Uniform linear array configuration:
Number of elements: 4
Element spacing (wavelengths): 0.5
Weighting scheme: hamming
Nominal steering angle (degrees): -60
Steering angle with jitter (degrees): -59.84
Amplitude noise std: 0.05
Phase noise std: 0.05

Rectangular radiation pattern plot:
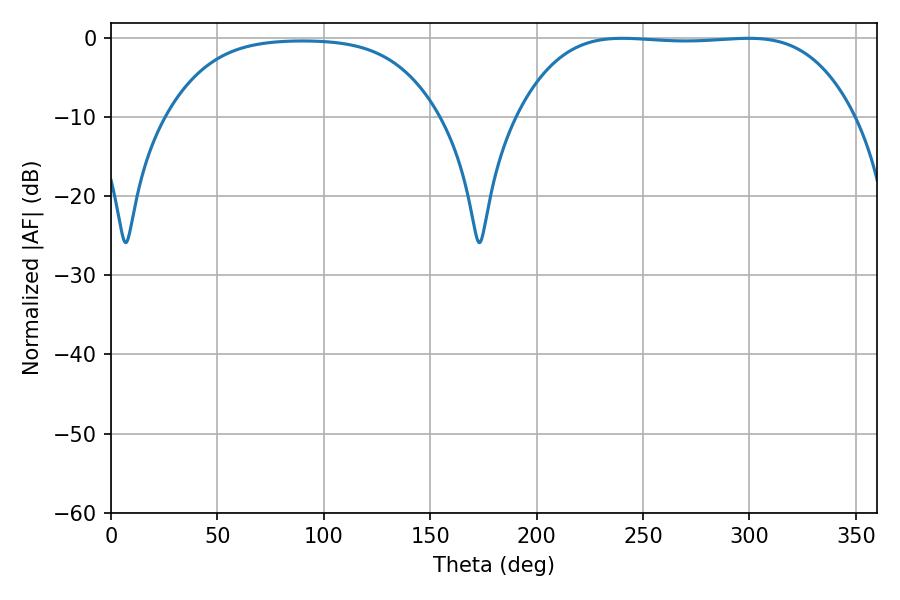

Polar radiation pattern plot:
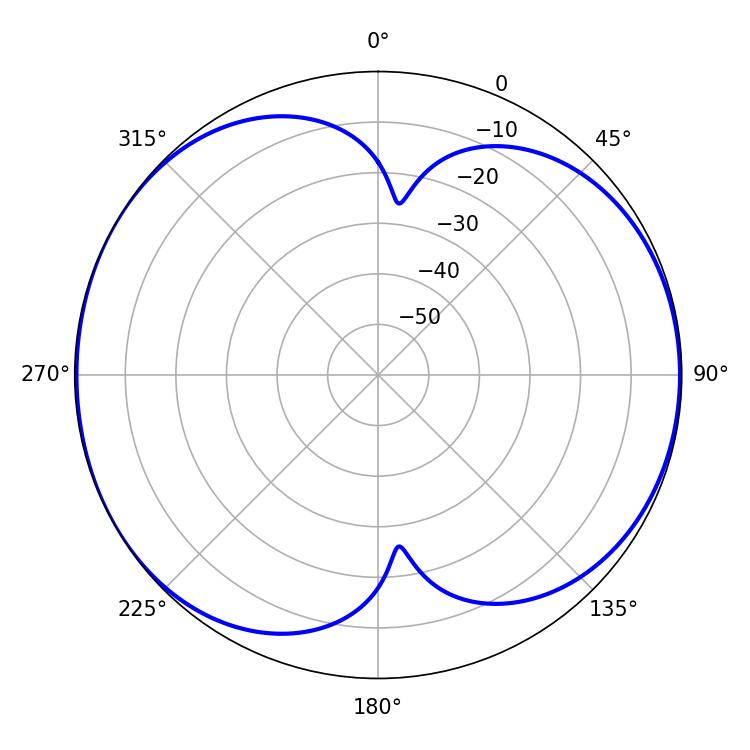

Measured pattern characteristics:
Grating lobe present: FALSE
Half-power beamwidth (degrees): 122.76
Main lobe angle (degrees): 240.3